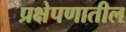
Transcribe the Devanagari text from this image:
प्रक्षेपणातील